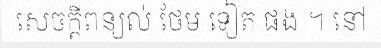
សេចក្តីពន្យល់ ថែម ទៀត ផង ។ នៅ